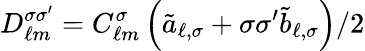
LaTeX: D_{\ell m}^{\sigma\sigma^{\prime}}=C_{\ell m}^{\sigma}\left(\tilde{a}_{\ell,\sigma}+\sigma\sigma^{\prime}\tilde{b}_{\ell,\sigma}\right)/{2}